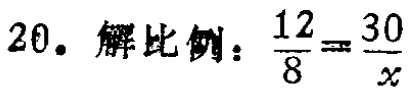
$20.\ 解比例：\frac{12}{8}=\frac{30}{x}$